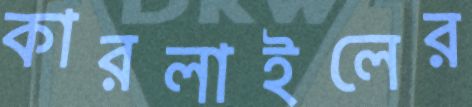
কারলাইলের